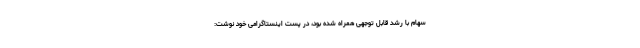
سهام با رشد قابل توجهی همراه شده بود، در پست اینستاگرامی خود نوشت: